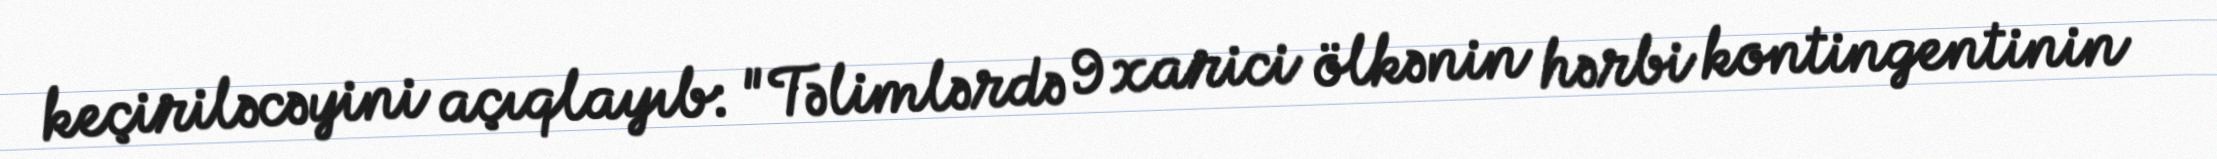
keçiriləcəyini açıqlayıb: "Təlimlərdə 9 xarici ölkənin hərbi kontingentinin